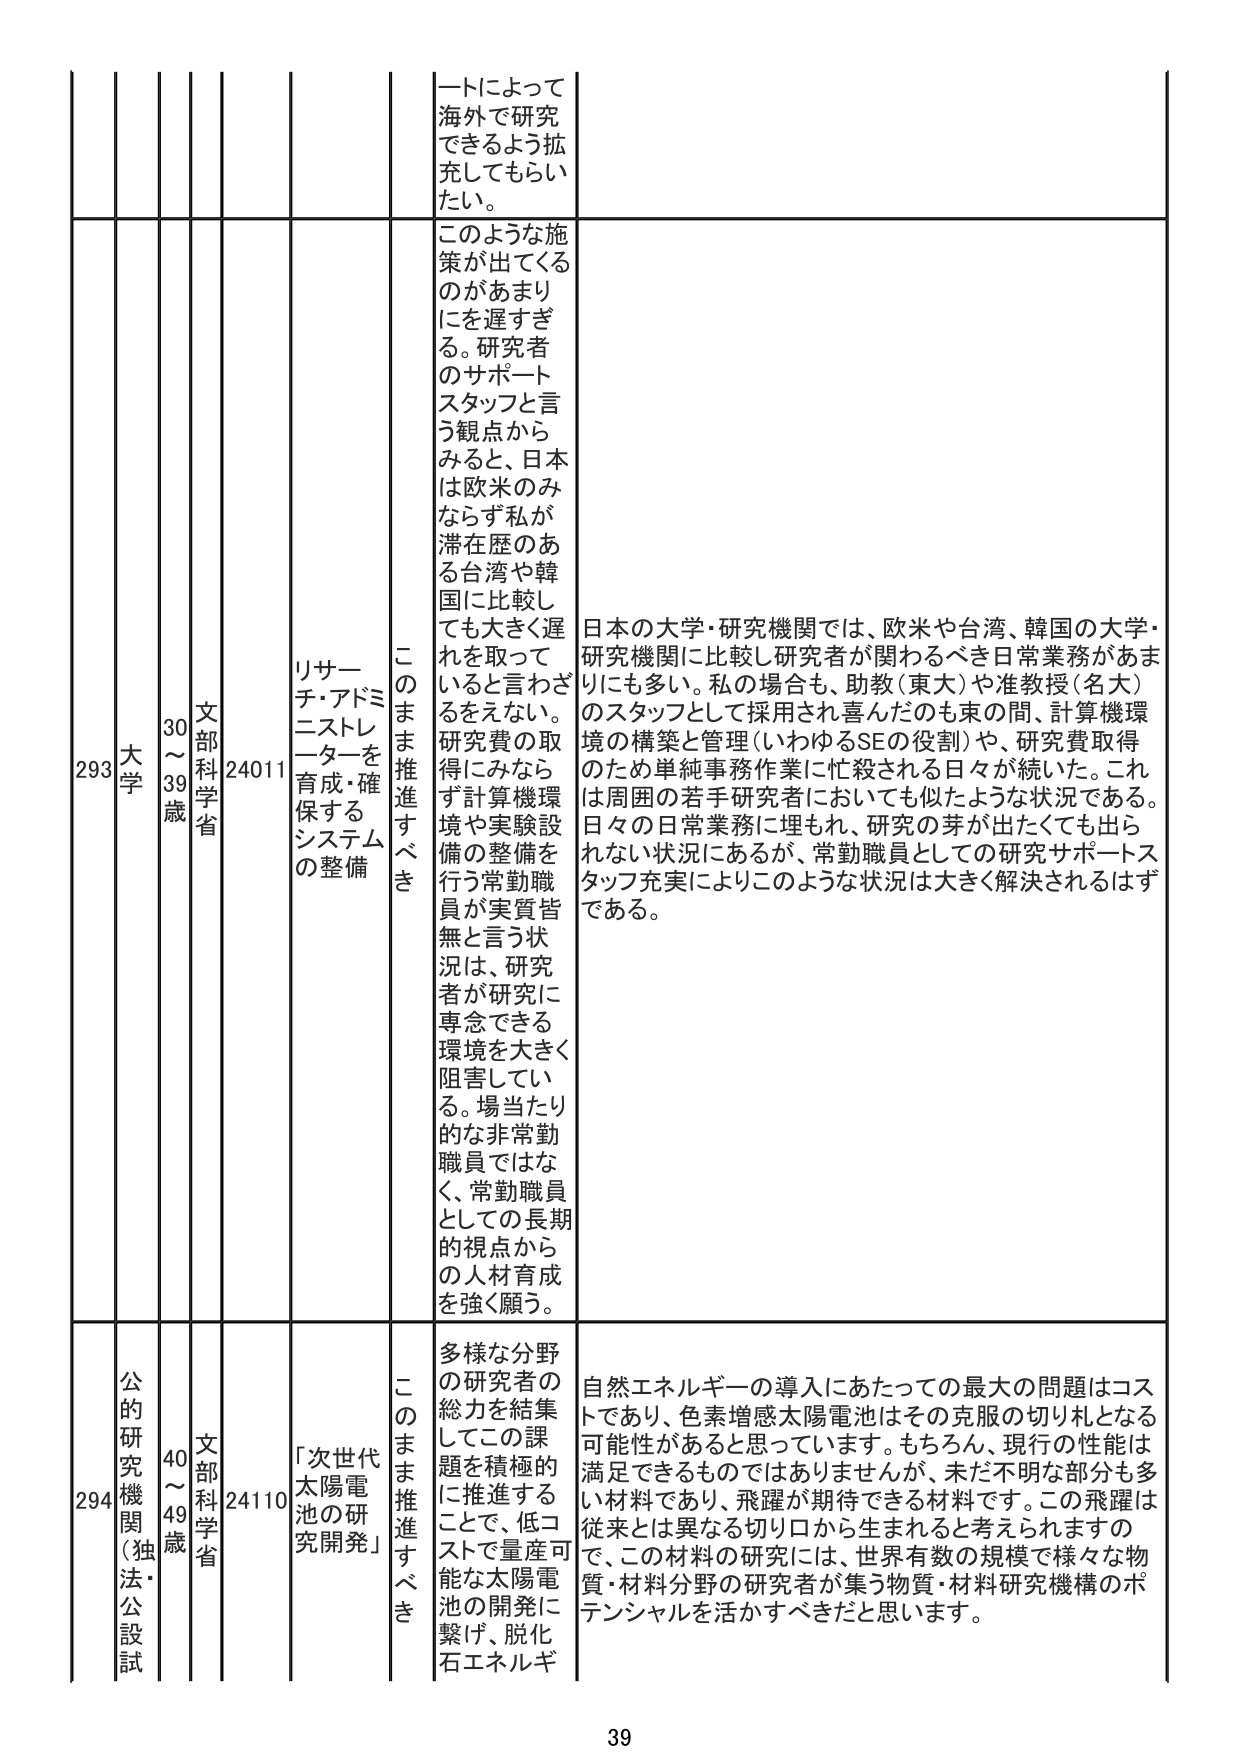
293 大学 30～39歳 文部科学省 24011 リサーチ・アドミニストレーターを育成・確保するシステムの整備 このまま推進すべき ートによって海外で研究できるよう拡充してもらいたい。 このような施策が出てくるのがあまりにを遅すぎると。研究者のサポートスタッフと言う観点からみると、日本は欧米のみならず私が滞在歴のある台湾や韓国に比較しても大きく遅れを取っていると言われざるをえない。研究費の取得にみならず計算機環境や実験設備の整備を行う常勤職員が実質皆無と言う状況は、研究者が研究に専念できる環境を大きく阻害している。場当たり的な非常勤職員ではなく、常勤職員としての長期的視点からの人材育成を強く願う。 日本の大学・研究機関では、欧米や台湾、韓国の大学・研究機関に比較し研究者が関わるべき日常業務があまりにも多い。私の場合も、助教（東大）や准教授（名大）のスタッフとして採用され喜んだのも束の間、計算機環境の構築と管理（いわゆるSEの役割）や、研究費取得のため単純事務作業に忙殺される日々が続いた。これは周囲の若手研究者においても似たような状況である。日々の日常業務に埋もれ、研究の芽が出たくても出られない状況にあるが、常勤職員としての研究サポートスタッフ充実によりこのような状況は大きく解決されるはずである。

294 公的研究機関（独法・公設試） 40～49歳 文部科学省 24110 「次世代太陽電池の研究開発」 このまま推進すべき 多様な分野の研究者の総力を結集してこの課題を積極的に推進することで、低コストで量産可能な太陽電池の開発に繋げ、脱化石エネルギー 自然エネルギーの導入にあたっての最大の問題はコストであり、色素増感太陽電池はその克服の切り札となる可能性があると思っています。もちろん、現行の性能は満足できるものではありませんが、未だ不明な部分も多い材料であり、飛躍が期待できる材料です。この飛躍は従来とは異なる切り口から生まれると考えられますので、この材料の研究には、世界有数の規模で様々な物質・材料分野の研究者が集う物質・材料研究機構のポテンシャルを活かすべきだと思います。

39